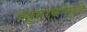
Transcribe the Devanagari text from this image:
व्युहरचनेमुळे